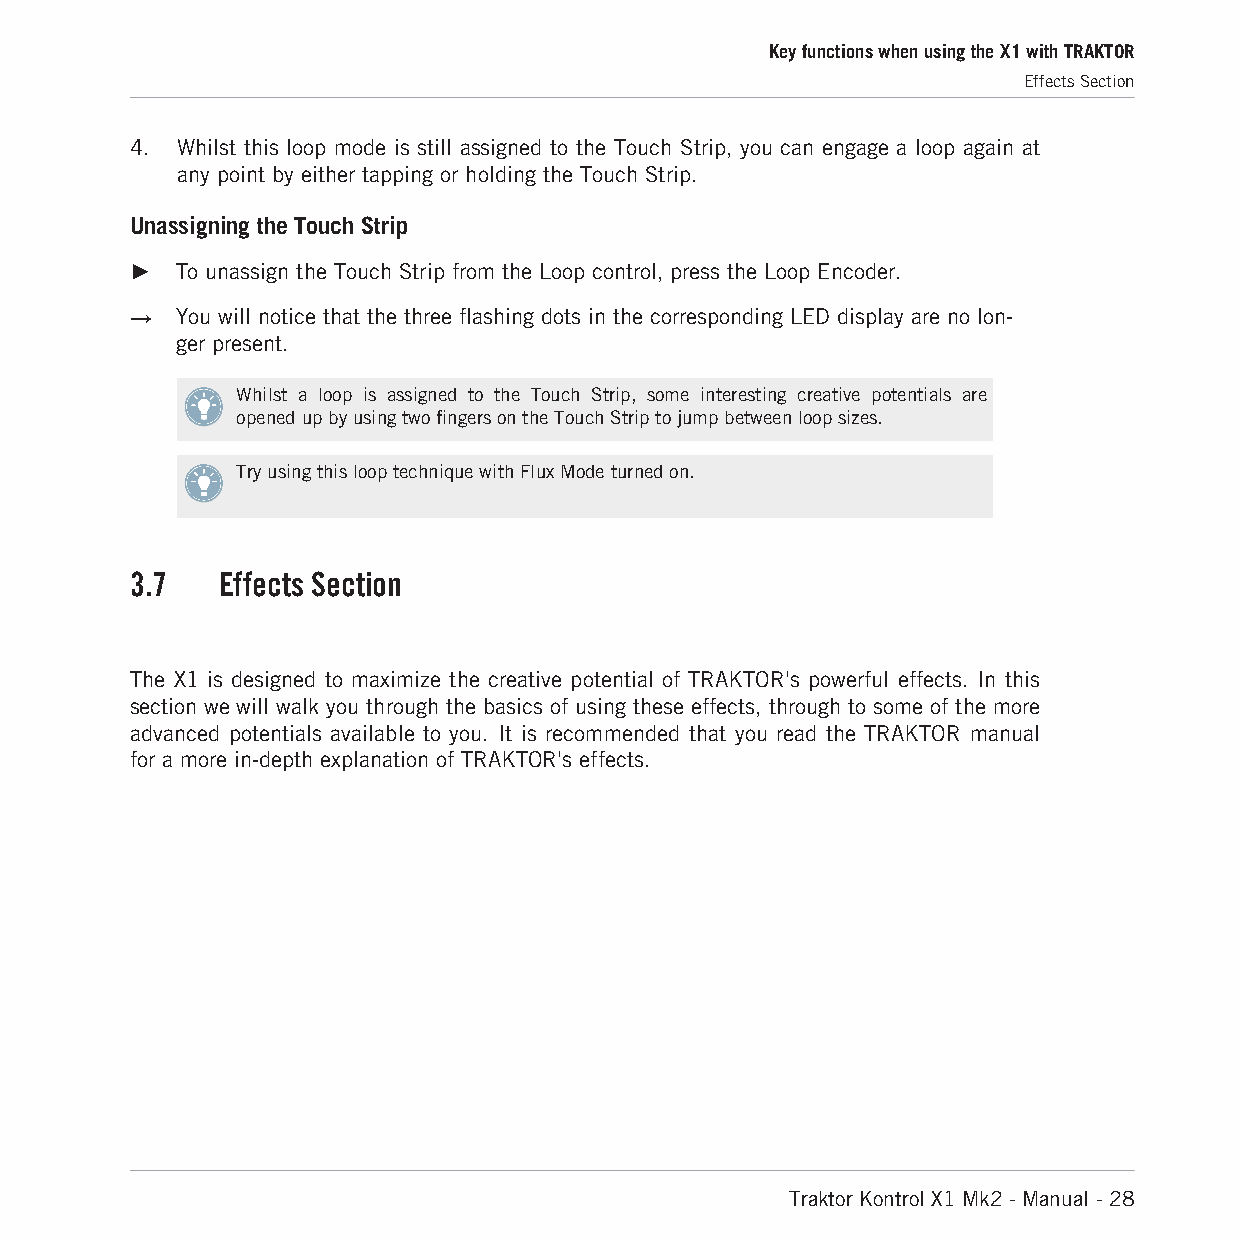
Key functions when using the X1 with TRAKTOR
 Effects Section
 4. Whilst this loop mode is still assigned to the Touch Strip, you can engage a loop again at
 any point by either tapping or holding the Touch Strip.
 Unassigning the Touch Strip
 ►  To unassign the Touch Strip from the Loop control, press the Loop Encoder.
 →  You will notice that the three flashing dots in the corresponding LED display are no lon-
 ger present.
 Whilst a loop is assigned to the Touch Strip, some interesting creative potentials are
 opened up by using two fingers on the Touch Strip to jump between loop sizes.
 Try using this loop technique with Flux Mode turned on.
 3.7  Effects Section
 The X1 is designed to maximize the creative potential of TRAKTOR's powerful effects. In this
 section we will walk you through the basics of using these effects, through to some of the more
 advanced potentials available to you. It is recommended that you read the TRAKTOR manual
 for a more in-depth explanation of TRAKTOR's effects.
 Traktor Kontrol X1 Mk2 - Manual - 28